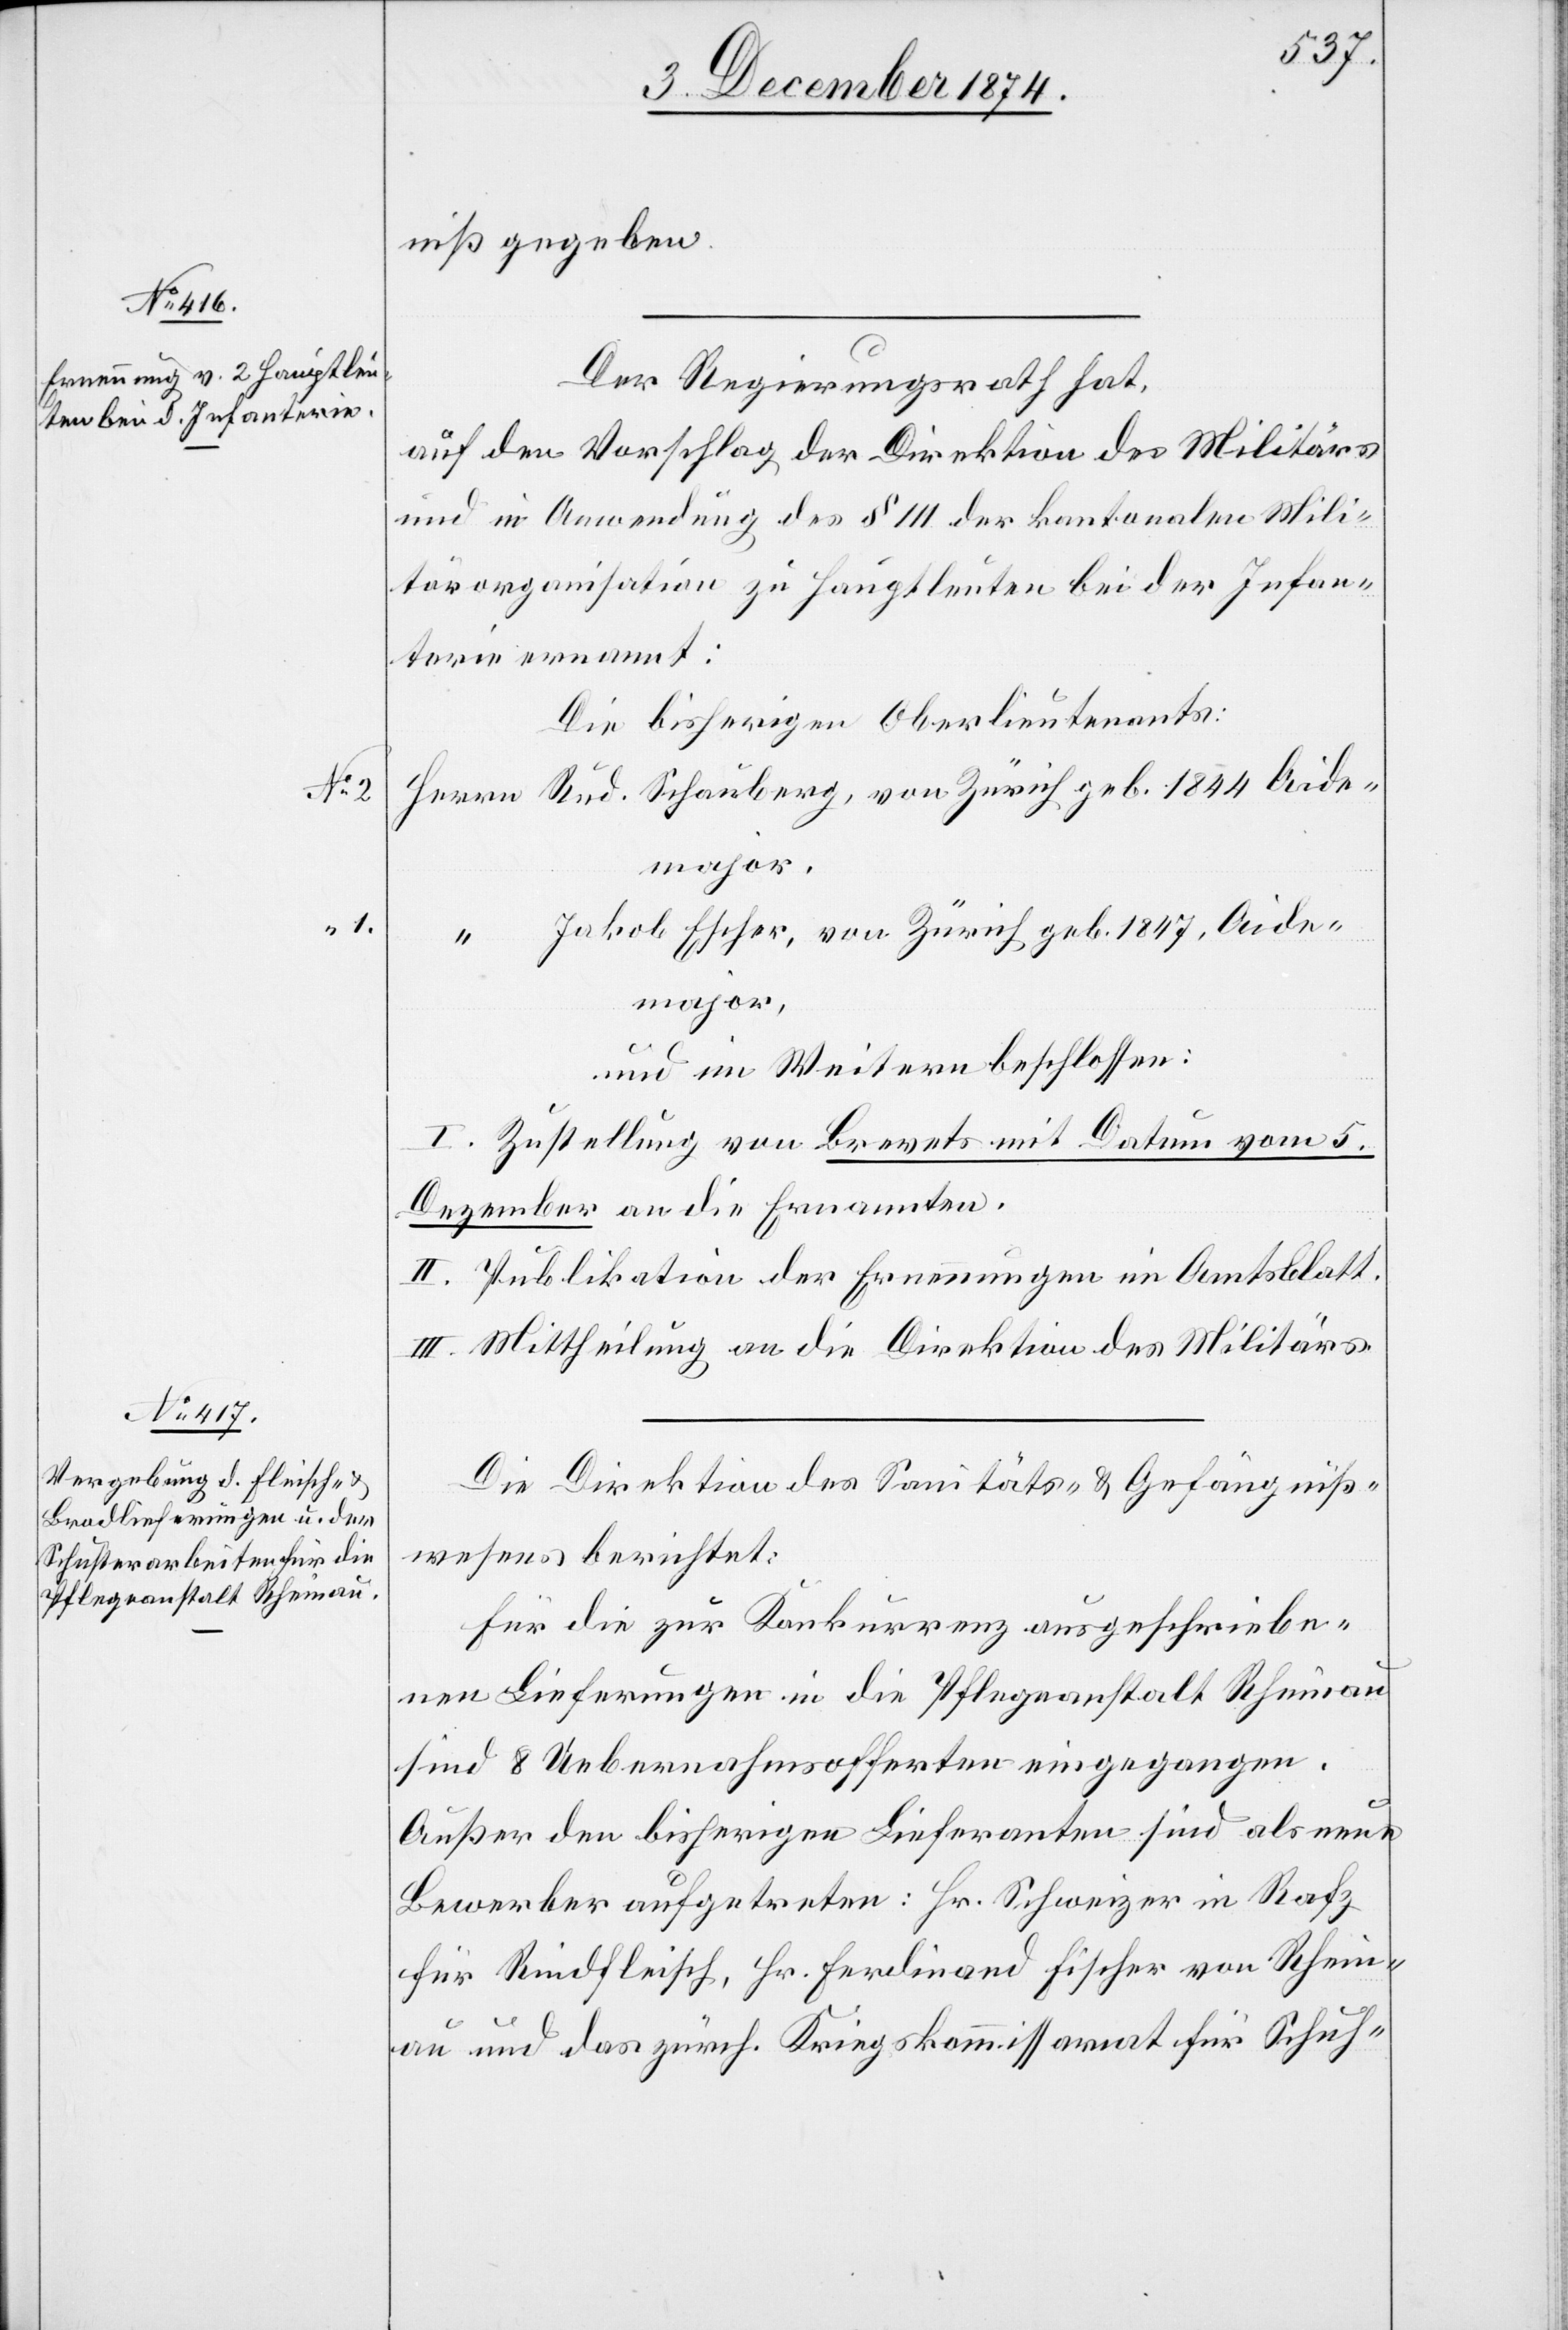
No 2

niß gegeben.
Der Regierungsrath hat,
auf den Vorschlag der Direktion des Militärs
und in Anwendung des § 111 der kantonalen Mili¬
tärorganisation zu Hauptleuten bei der Infan¬
terie ernannt:
Die bisherigen Oberlieutenants:
Herrn Rud. Schauberg, von Zürich[,] geb. 1844[,] Aide¬
major.
“ Jakob Escher, von Zürich[,] geb. 1847, Aide¬
major,
und im Weitern beschlossen:
I. Zustellung von Brevets mit Datum vom 5.
Dezember an die Ernannten.
II. Publikation der Ernennungen im Amtsblatt.
III. Mittheilung an die Direktion des Militärs.
Die Direktion des Sanitäts- & Gefängniß¬
wesens berichtet:
Für die zur Konkurrenz ausgeschriebe¬
nen Lieferungen in die Pflegeanstalt Rheinau
sind 8 Uebernahmsofferten eingegangen.
Außer den bisherigen Lieferanten sind als neue
Bewerber aufgetreten: Hr. Schweizer in Rafz
für Rindfleisch, Hr. Ferdinand Fischer von Rhein¬
au und das zürch. Kriegskommissariat für Schuh-